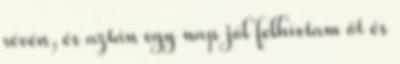
révén, és aztán egy nap jól felhívtam őt és